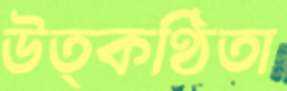
উত্কণ্ঠিতা